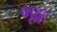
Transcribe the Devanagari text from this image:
भृङ्गः